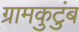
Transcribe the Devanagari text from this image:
ग्रामकुटुंब